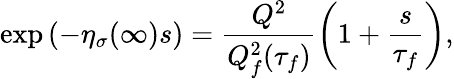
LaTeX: \exp\left(-\eta_{\sigma}(\infty)s\right)=\frac{Q^{2}}{Q_{f}^{2}(\tau_{f})}\left(1+\frac{s}{\tau_{f}}\right),